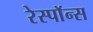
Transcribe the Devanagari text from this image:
रेस्पाॅन्स